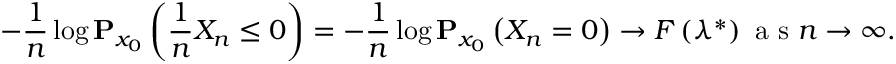
- \frac { 1 } { n } \log { \bf P } _ { x _ { 0 } } \left( \frac { 1 } { n } X _ { n } \leq 0 \right) = - \frac { 1 } { n } \log { \bf P } _ { x _ { 0 } } \left( X _ { n } = 0 \right) \rightarrow F \left( \lambda ^ { * } \right) \mathrm { ~ a ~ s ~ } n \rightarrow \infty .